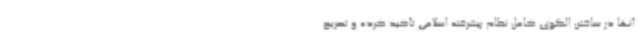
آنها در ساختن الگوی کامل نظام پیشرفته‌ اسلامی تأکید کرده و تصریح